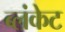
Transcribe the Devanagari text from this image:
ब्लंकेट